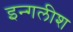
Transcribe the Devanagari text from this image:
इन्गलीश